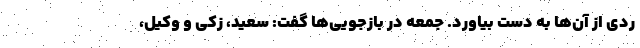
ردی از آن‌ها به دست بیاورد. جمعه در بازجویی‌ها گفت: سعید، زکی و وکیل،